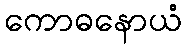
ကောဓနောယံ